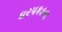
ધરપકડના